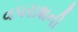
વપરાશની